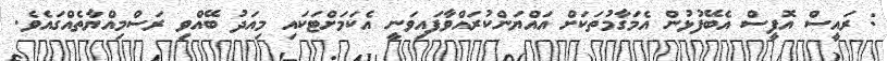
: ރައީސް އޮފީސް އެބޭފުޅުން އެމަގާމުތަކަށް އައްޔަންކުރައްވާފައިވަނީ އެކަމަށްޓަކައި މިއަދު ބޭއްވި ރަސްމިއްޔާތެއްގައެވެ.